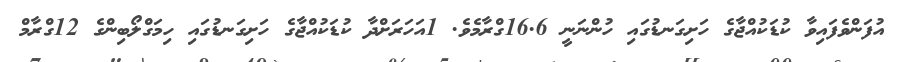
އުފަންވެފައިވާ ކުޑަކުއްޖާގެ ހަށިގަނޑުގައި ހުންނަނީ 16.6ގްރާމެވެ. 1އަހަރަށްދާ ކުޑަކުއްޖާގެ ހަށިގަނޑުގައި ހިމަގްލޯބިންގެ 12ގްރާމް